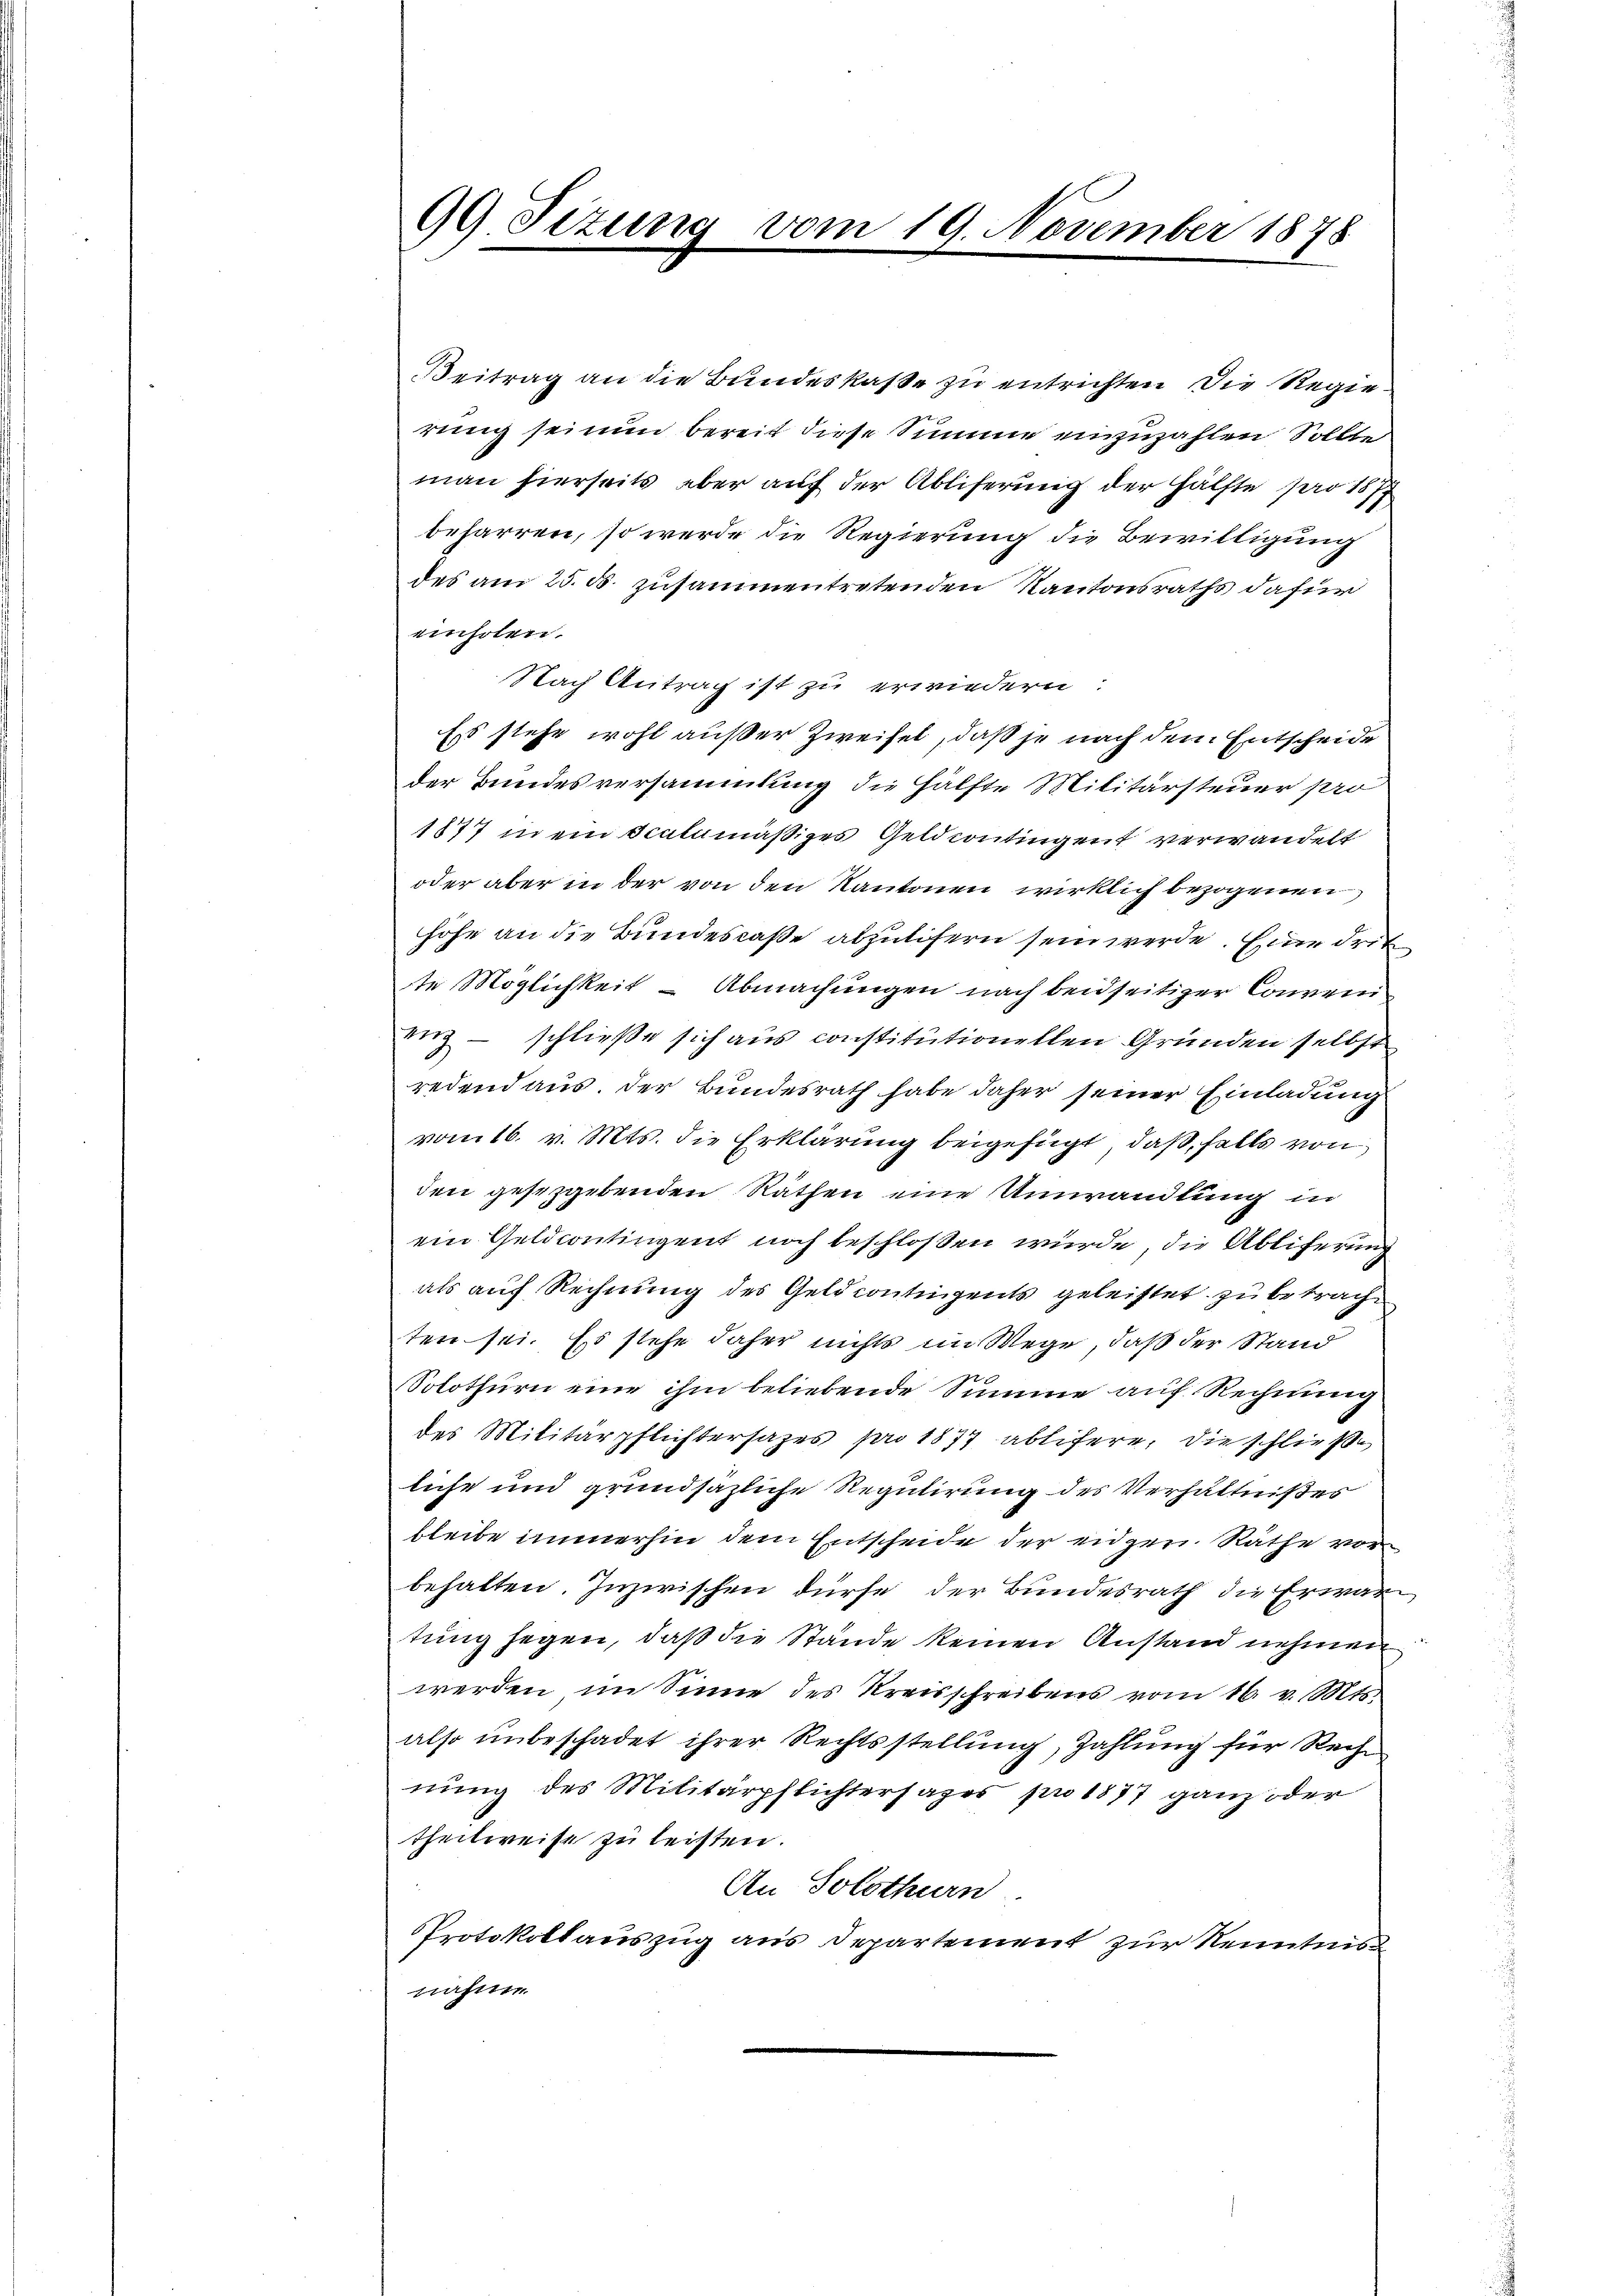
99. Sizung vom 19. November 1878

Beitrag an die Bundeskasse zu entrichten die Regierung sei nun bereit diese Summe einzuzahlen Sollte
man hierseits aber auf der Abliferung der Hälfte pro 1877
beharren, so werde die Regierung die Bewilligung
des am 25. ds. zusammentretenden Kantonsraths dafür
einholen.
Nach Antrag ist zu erwiedern:
Es stehe wohl außer Zweifel, daß je nach dem Entscheide
der Bundesversammlung die Hälfte Militärsteuer pro
1877 in ein Scalamäßiges Geldcontingent verwandelt
oder aber in der von den Kantonen wirklich bezogenen
höhe an die Bundescaße abzulisern sein werde. Eine drit
te Möglichkeit - Abmachungen nach beidseitiger Conven
eng – schließe sich aus constitutionellen Gründen selbst
redend aus. Der Bundesrath habe daher seiner Einladung
vom 16. v. Mts. die Erklärung beigefügt, daß, falls von
den gesetzgebenden Räthen eine Unwandlung in
ein Geldcontingent noch beschloßen würde, die Abliferung
als auf Rechnung des Geldcontingents geleistet zu betracht
ten sei. Es stehe daher nichts im Wege, daß der Stand
Solothurn eine ihm beliebende Summe auf Rechnung
des Militärpflichtersages pro 1877 ablitere, die schließe
liche und grundsazliche Regulirung des Verhältnißes
bleibe immerhin dem Entscheide der eidgen. Räthe vor
behalten. Inzwischen dürfe, der Bundesrath die Erwartung hegen, daß die Stände keinen Anstand nehmen
werden im Sinne des Kreisschreibens vom 16. v. Mts.
also unbeschadet ihrer Rechtsstellung, Zahlung für Rechnung des Militärpflichtersages pro 1877 ganz oder
theilweise zu leisten.
An Solothurn
Protokollauszug aus Departement zur Kenntnis
nahme.